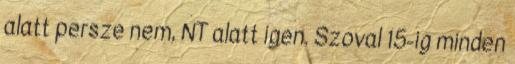
alatt persze nem, NT alatt igen. Szoval 15-ig minden